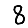
Digit: 8